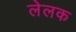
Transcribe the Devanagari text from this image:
लेलक